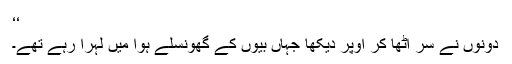
‘‘
دونوں نے سر اُٹھا کر اوپر دیکھا جہاں بیّوں کے گھونسلے ہوا میں لہرا رہے تھے۔